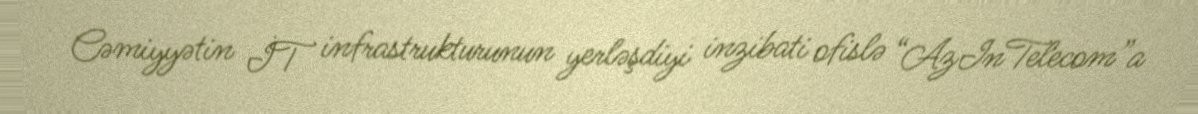
Cəmiyyətin İT infrastrukturunun yerləşdiyi inzibati ofislə “AzInTelecom”a